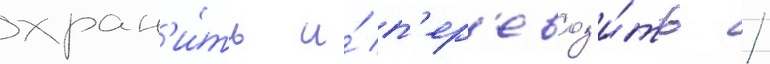
хран'и́ть и́ п'ер'евоз'и́ть /